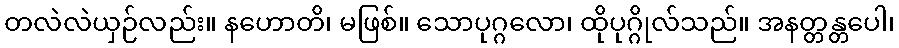
တလဲလဲယှဉ်လည်း။ နဟောတိ၊ မဖြစ်။ သောပုဂ္ဂလော၊ ထိုပုဂ္ဂိုလ်သည်။ အနတ္တန္တပေါ၊